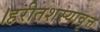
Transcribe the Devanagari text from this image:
।हरीतशस्यावृत्त